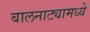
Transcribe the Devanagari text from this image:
बालनाट्यामध्ये